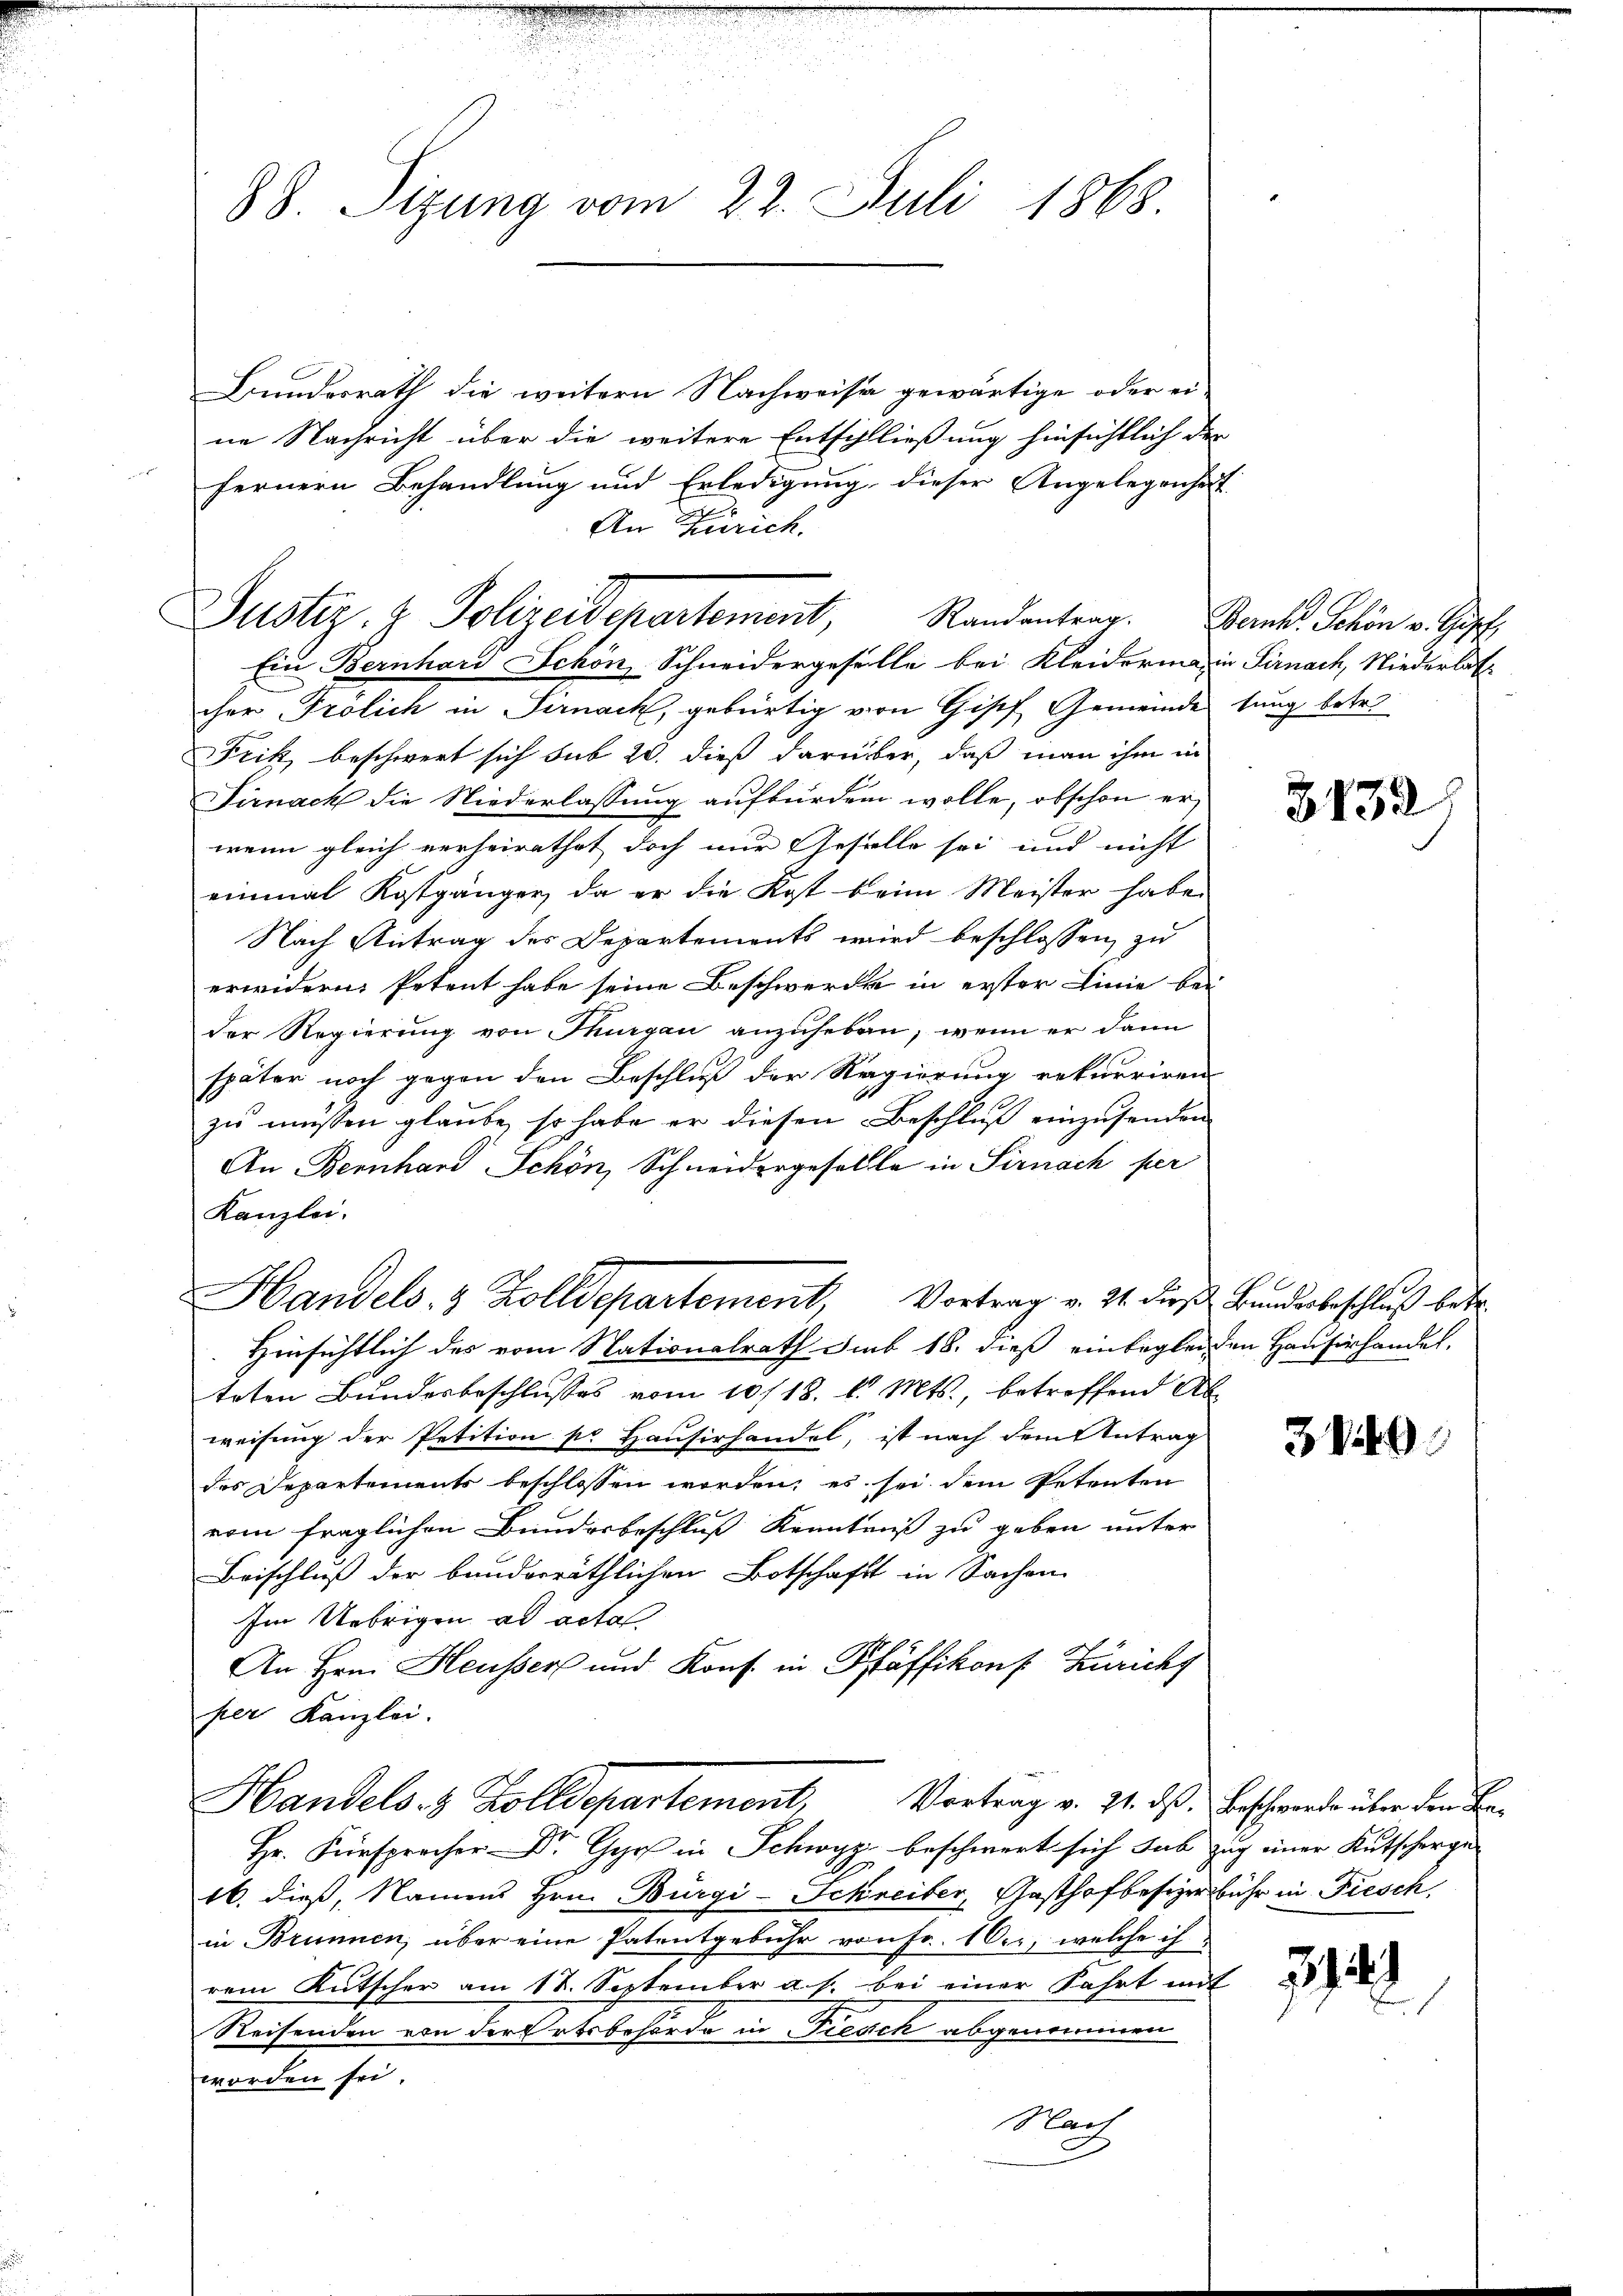
An Zürich.
Justiz- & Polizeidepartement, Randantrag. Dank. Schon v. G

88. Sizung vom 22. Juli 1868.

Bundesrath die weitern Nachweise gewärtige oder eine Nachricht über die weitere Entschließung hinsichtlich der
fernern Behandlung und Erledigung, dieser Angelegenheit
Ein Bernhard Schön, Schneidergeselle bei Kleidermain Sirnach, Niederlas
cher Frolich in Sirnach, gebürtig von Gisch, Gemeinde tung betr.
Frik beschwert sich sub 20. dieß darüber, daß man ihm in
Sirnach die Niederlassung aufbürden wolle, obschon er
wenn gleich verheirathet doch nur Geselle sei und nicht
einmal Kostgänger, da er die Kost beim Meister habe.
Nach Antrag des Departements wird beschlossen, zu
erwidern. Petent habe seine Beschwerde in erster Linie bei
der Regierung von Thurgau anzuheben, wenn er dann
später noch gegen den Beschluß der Regierung rekurriren
zu müssen glaube, so habe er diesen Beschluß einzusenden
An Bernhard Schön, Schneidergesellle in Sirnach per
Kanzlei.
Handels- & Zolldepartement, Vortrag v. 21. dies Bundesbeschluß betr.
Hinsichtlich des vom Nationalrath Sub 18. dieß einbeglei den Hausirhandel,
trten Bundesbeschlusses vom 10/18. d. Mts., betreffend Ab
weisung der Petition pr Hausirhandel, ist nach dem Antrag
des Departements beschlossen worden; es sei dem Petenten
vom fraglichen Bundesbeschluß Kenntniß zu geben unter
Beischluß der bandorräthlichen Botschaft in Sachen
Im Uebrigen ad acta
An Hrn. Heusser und Kons. in Pfäffikons Zürichs
per Kanzlei.
Handels- & Zolldepartemont, Vortrag v. 21. ds. Beschwerde über den Be
Hr. Fr. in Schwyz beschwert sich abzug einer Kutscherge
16. dieß, Namens Hrn. Bürgi-Schreiber, Gasthofbesizerbühr in Fiesch,
in Brunnen, über eine Patentgebühr von Fr. 10., welche ih
rem Kutscher am 17. September a. f. bei einer Fahrt mit
Reisenden von der Ortsbehörde in Fieach abgenommen
worden sei.
Nach

3132

3849.

214